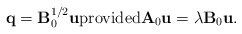
\begin{align*}{\bf q} = {\bf B}_0 ^{1/2} {\bf u}\mbox{provided}{\bf A} _0 {\bf u} = \lambda {\bf B}_0 {\bf u}.\end{align*}